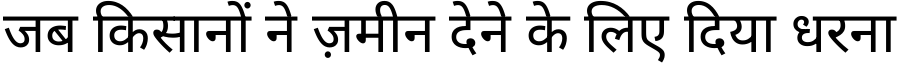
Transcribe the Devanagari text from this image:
जब किसानों ने ज़मीन देने के लिए दिया धरना